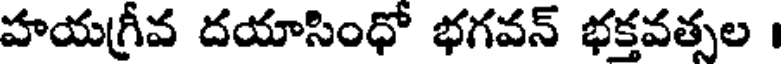
హయగ్రీవ దయాసింధో భగవన్ భక్తవత్సల ।